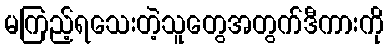
မကြည့်ရသေးတဲ့သူတွေအတွက်ဒီကားကို